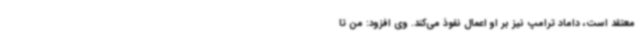
معتقد است، داماد ترامپ نیز بر او اعمال نفوذ می‌کند. وی افزود: من تا